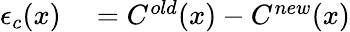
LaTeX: \begin{array}{rl}{\epsilon_{c}(x)}&{{}=C^{old}(x)-C^{new}(x)}\end{array}